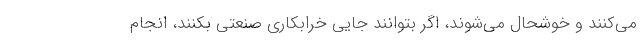
می‌کنند و خوشحال می‌شوند، اگر بتوانند جایی خرابکاری صنعتی بکنند، انجام